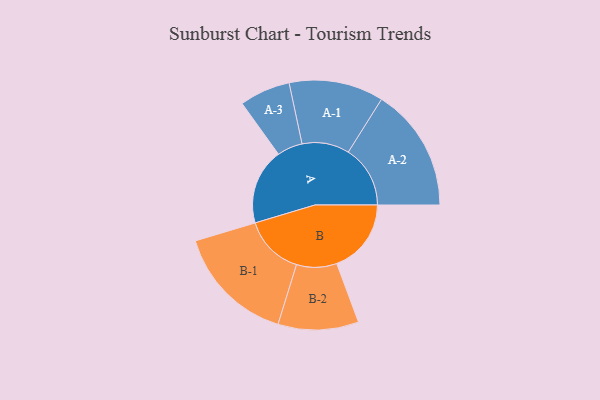
{"axis": {"x": "Segment", "y": "Value"}, "legend": ["", "A", "B"], "data": [{"x": "A", "y": 368, "type": ""}, {"x": "B", "y": 361, "type": ""}, {"x": "A-1", "y": 229, "type": "A"}, {"x": "A-2", "y": 300, "type": "A"}, {"x": "A-3", "y": 123, "type": "A"}, {"x": "B-1", "y": 291, "type": "B"}, {"x": "B-2", "y": 195, "type": "B"}]}